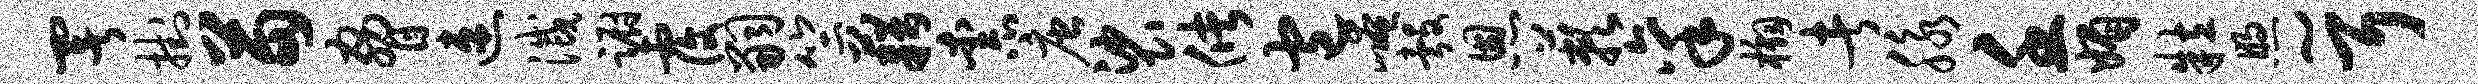
署挂苗胁速灭蹰覆嗣竺藉柰唐裟储包崦彀恩蔌禀槲者脉壬媚粒煦~耳